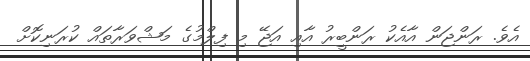
އެވެ. ރަންޖަން އާއެކު ރަންބީރު އާއި އަޖޭ މި ފިލްމުގެ މަޝްވަރާތައް ކުރަނިކޮށް